Report of the King Institute of Preventive Medicine, Guindy
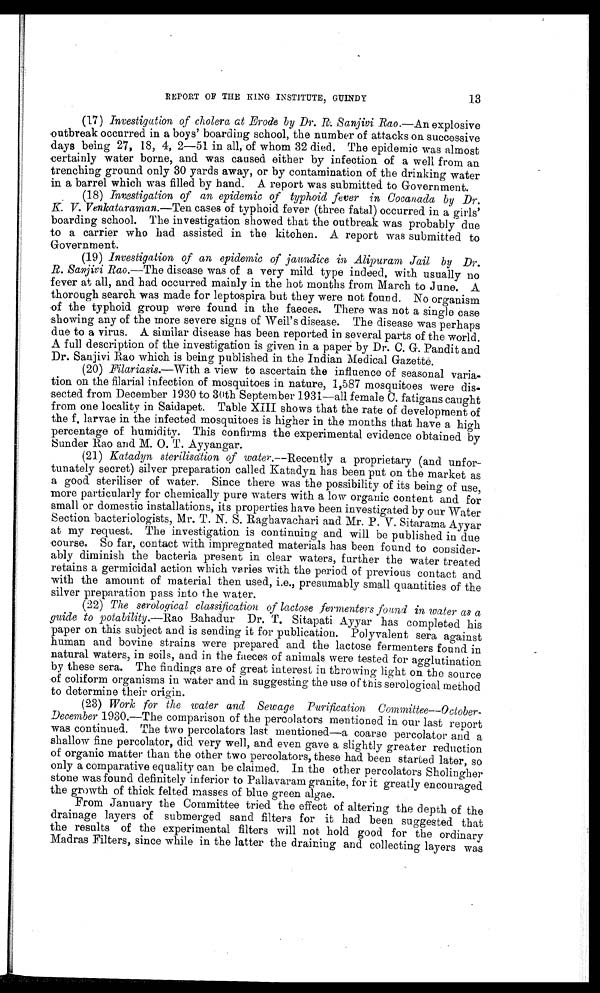
13
REPORT OF THE KING INSTITUTE, GUINDY
(17) Investigation of cholera at Erode by Dr. R. Sanjivi Rao.— An explosive
outbreak occurred in a boys' boarding school, the number of attacks on successive
days being 27, 18, 4, 2—51 in all, of whom 32 died. The epidemic was almost
certainly water borne, and was caused either by infection of a well from an
trenching ground only 30 yards away, or by contamination of the drinking water
in a barrel which was filled by band. A report was submitted to Government.
(18)
Investigation of an epidemic of typhoid fever in Cocanada by Dr.
K. V. Venkataraman.— Ten cases of typhoid fever (three fatal) occurred in a girls'
boarding school. The investigation showed that the outbreak was probably due
to a carrier who had assisted in the kitchen. A report was submitted to
Government.
(19)
Investigation of an epidemic of jaundice in Alipuram Jail by Dr.
R. Sanjivi Rao.— The disease was of a very mild type indeed, with usually no
fever at all, and had occurred mainly in the hot months from March to June. A
thorough search was made for leptospira but they were not found. No organism
of the typhoid group were found in the faeces. There was not a single case
showing any of the more severe signs of Weil's disease. The disease was perhaps
due to a virus. A similar disease has been reported in several parts of the world.
A full description of the investigation is given in a paper by Dr. C. G. Pandit and
Dr. Sanjivi Rao which is being published in the Indian Medical Gazetté.
(20)
Filariasis.— With a view to ascertain the influence of seasonal varia
-tion on the filarial infection of mosquitoes in nature, 1,587 mosquitoes were dis
- s e c t e d f r o m D e c e m b e r 1 9 3 0 t o 3 0 t h S e p t e m b e r 1 9 3 1 — a l l f e m a l e C . f a t i g a n s c a u g h t
from one locality in Saidapet. Table XIII shows that the rate of development of
the f. larvae in the infected mosquitoes is higher in the months that have a high
percentage of humidity. This confirms the experimental evidence obtained by
Sunder Rao and M. O. T. Ayyangar.
(21)
Katadyn sterilisation of water .—Recently a proprietary (and unfor
- t u n a t e l y s e c r e t ) s i l v e r p r e p a r a t i o n c a l l e d K a t a d y n h a s b e e n p u t o n t h e m a r k e t a s
a good steriliser of water. Since there was the possibility of its being of use,
more particularly for chemically pure waters with a low organic content and for
small or domestic installations, its properties have been investigated by our Water
Section bacteriologists, Mr. T. N. S. Raghavachari and Mr. P. V. Sitarama Ayyar
at my request. The investigation is continuing and will be published in due
course. So far, contact with impregnated materials has been found to consider
- a b l y d i m i n i s h t h e b a c t e r i a p r e s e n t i n c l e a r w a t e r s , f u r t h e r t h e w a t e r t r e a t e d
retains a germicidal action which varies with the period of previous contact and
with the amount of material then. used, i.e., presumably small quantities of the
silver preparation pass into the water.
(22)
The serological classification of lactose fermenters found in water as a
guide to potability.— Rao Bahadur Dr. T. Sitapati Ayyar has completed his
paper on this subject and is sending it for publication. Polyvalent sera against
human and bovine strains were prepared and the lactose fermenters found in
natural waters, in soils, and in the faeces of animals were tested for agglutination
by these sera. The findings are of great interest in throwing light on the source
of coliform organisms in water and in suggesting the use of this serological method
to determine their origin.
(23)
Work for the water and Sewage Purification Committee—October-
December 1930.— The comparison of the percolators mentioned in our last report
was continued. The two percolators last mentioned—a coarse percolator and a
shallow fine percolator, did very well, and even gave a slightly greater reduction
of organic matter than the other two percolators, these had been started later, so
only a comparative equality can be claimed. In the other percolators Sholingher
stone was found definitely inferior to Pallavaram granite, for it greatly encouraged
the growth of thick felted masses of blue green algae.
From January the Committee tried the effect of altering the depth of the
drainage layers of submerged sand filters for it had been suggested that
the results of the experimental filters will not hold good for the ordinary
Madras Filters, since while in the latter the draining and collecting layers was